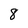
Character: 8